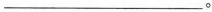
___。